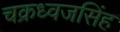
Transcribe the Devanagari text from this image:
चक्रध्वजसिंह